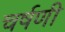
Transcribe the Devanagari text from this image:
चर्षणी